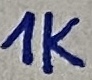
Text: 1K